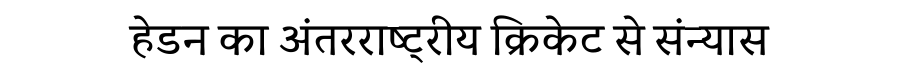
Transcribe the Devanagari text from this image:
हेडन का अंतरराष्ट्रीय क्रिकेट से संन्यास